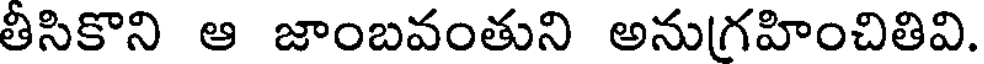
తీసికొని ఆ జాంబవంతుని అనుగ్రహించితివి.